Civil Veterinary Department. United Provinces 1912-22 - 1912-1922
Year: 1912
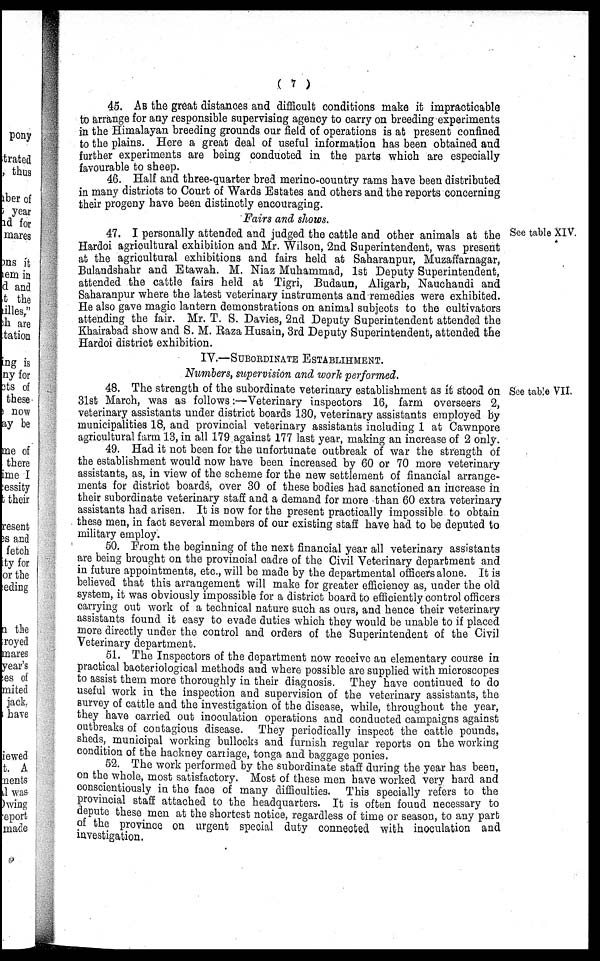
( 7 )
45. As the great distances and difficult conditions make it impracticable
to arrange for any responsible supervising agency to carry on breeding experiments
in the Himalayan breeding grounds our field of operations is at present confined
to the plains. Here a great deal of useful information has been obtained and
further experiments are being conducted in the parts which are especially
favourable to sheep.
46. Half and three-quarter bred merino-country rams have been distributed
in many districts to Court of Wards Estates and others and the reports concerning
their progeny have been distinctly encouraging.
Fairs and shows.
See table XIV.
47. I personally attended and judged the cattle and other animals at the
Hardoi agricultural exhibition and Mr. Wilson, 2nd Superintendent, was present
at the agricultural exhibitions and fairs held at Saharanpur, Muzaffarnagar,
Bulandshahr and Etawah. M. Niaz Muhammad, 1st Deputy Superintendent,
attended the cattle fairs held at Tigri, Budaun, Aligarb, Nauchandi and
Saharanpur where the latest veterinary instruments and remedies were exhibited.
He also gave magic lantern demonstrations on animal subjects to the cultivators
attending the fair. Mr. T. S. Davies, 2nd Deputy Superintendent attended the
Khairabad show and S. M. Raza Husain, 3rd Deputy Superintendent, attended the
Hardoi district exhibition.
IV.—SUBORDINATE ESTABLIHMENT.
Numbers, supervision and work performed.
See table VII.
48. The strength of the subordinate veterinary establishment as it stood On
31st March, was as follows:—Veterinary inspectors 16, farm overseers 2,
veterinary assistants under district boards 130, veterinary assistants employed by
municipalities 18, and provincial veterinary assistants including 1 at Cawnpore
agricultural farm 13, in all 179 against 177 last year, making an increase of 2 only.
49. Had it not been for the unfortunate outbreak of war the strength of
the establishment would now have been increased by 60 or 70 more veterinary
assistants, as, in view of the scheme for the new settlement of financial arrange-
ments for district boards, over 30 of these bodies had sanctioned an increase in
their subordinate veterinary staff and a demand for more than 60 extra veterinary
assistants had arisen. It is now for the present practically impossible to obtain
these men, in fact several members of our existing staff have had to be deputed to
military employ.
50. From the beginning of the next financial year all veterinary assistants
are being brought on the provincial cadre of the Civil Veterinary department and
in future appointments, etc., will be made by the departmental officers alone. It is
believed that this arrangement will make for greater efficiency as, under the old
system, it was obviously impossible for a district board to efficiently control officers
carrying out work of a technical nature such as ours, and hence their veterinary
assistants found it easy to evade duties which they would be unable to if placed
more directly under the control and orders of the Superintendent of the Civil
Veterinary department.
51. The Inspectors of the department now receive an elementary course in
practical bacteriological methods and where possible are supplied with microscopes
to assist them more thoroughly in their diagnosis. They have continued to do
useful work in the inspection and supervision of the veterinary assistants, the
survey of cattle and the investigation of the disease, while, throughout the year,
they have carried out inoculation operations and conducted campaigns against
outbreaks of contagious disease. They periodically inspect the cattle pounds,
sheds, municipal working bullocks and furnish regular reports on the working
condition of the hackney carriage, tonga and baggage ponies.
52. The work performed by the subordinate staff during the year has been,
on the whole, most satisfactory. Most of these men have worked very hard and
conscientiously in the face of many difficulties. This specially refers to the
provincial staff attached to the headquarters. It is often found necessary to
depute these men at the shortest notice, regardless of time or season, to any part
of the province on urgent special duty connected with inoculation and
investigation.